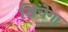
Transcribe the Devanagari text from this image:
खिंचेगा